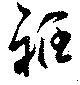
袵